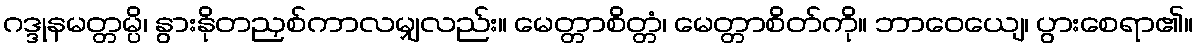
ဂဒ္ဒုနမတ္တမ္ပိ၊ နွားနိုတညှစ်ကာလမျှလည်း။ မေတ္တာစိတ္တံ၊ မေတ္တာစိတ်ကို။ ဘာဝေယျေ၊ ပွားစေရာ၏။